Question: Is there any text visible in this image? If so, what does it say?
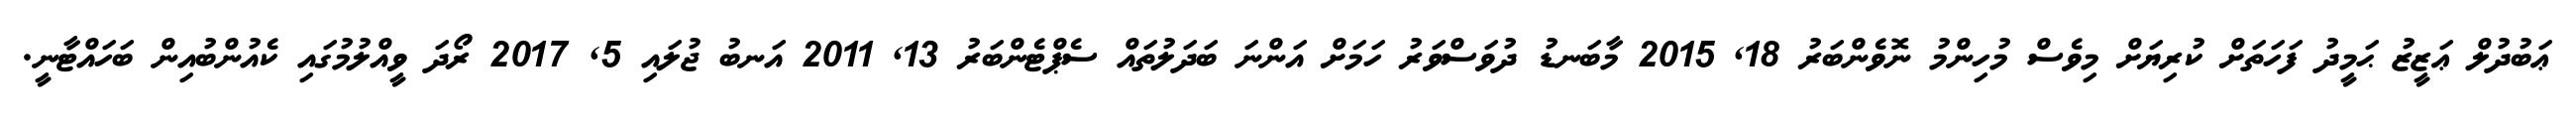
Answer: ޢަބުދުލް ޢަޒީޒު ޙަމީދު ފަހަތަށް ކުރިޔަށް މިވެސް މުހިންމު ނޮވެންބަރު 18, 2015 މާބަނޑު ދުވަސްވަރު ހަމަށް އަންނަ ބަދަލުތައް ސެޕްޓެންބަރު 13, 2011 އަނބު ޖުލައި 5, 2017 ރޯދަ ވީއްލުމުގައި ކެއުންބުއިން ބަހައްޓާނީ.